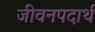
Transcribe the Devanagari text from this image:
जीवनपदार्थ